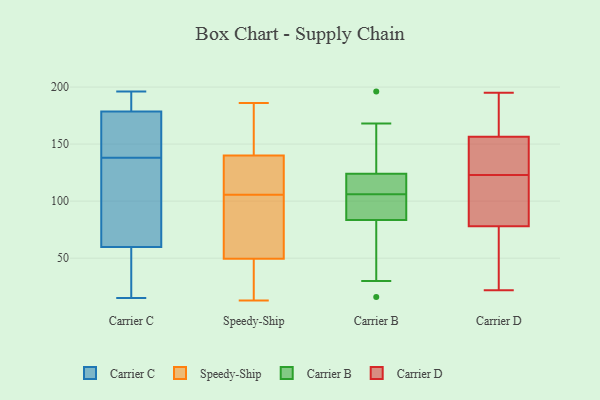
{"axis": {"x": "Active Users", "y": "Value"}, "legend": ["Carrier B", "Carrier C", "Carrier D", "Speedy-Ship"], "data": [{"x": "", "y": 71, "type": "Carrier C"}, {"x": "", "y": 194, "type": "Carrier C"}, {"x": "", "y": 53, "type": "Carrier C"}, {"x": "", "y": 196, "type": "Carrier C"}, {"x": "", "y": 76, "type": "Carrier C"}, {"x": "", "y": 186, "type": "Carrier C"}, {"x": "", "y": 61, "type": "Carrier C"}, {"x": "", "y": 56, "type": "Carrier C"}, {"x": "", "y": 143, "type": "Carrier C"}, {"x": "", "y": 186, "type": "Carrier C"}, {"x": "", "y": 138, "type": "Carrier C"}, {"x": "", "y": 175, "type": "Carrier C"}, {"x": "", "y": 15, "type": "Carrier C"}, {"x": "", "y": 159, "type": "Carrier C"}, {"x": "", "y": 81, "type": "Carrier C"}, {"x": "", "y": 176, "type": "Carrier C"}, {"x": "", "y": 44, "type": "Carrier C"}, {"x": "", "y": 48, "type": "Speedy-Ship"}, {"x": "", "y": 119, "type": "Speedy-Ship"}, {"x": "", "y": 30, "type": "Speedy-Ship"}, {"x": "", "y": 62, "type": "Speedy-Ship"}, {"x": "", "y": 13, "type": "Speedy-Ship"}, {"x": "", "y": 102, "type": "Speedy-Ship"}, {"x": "", "y": 125, "type": "Speedy-Ship"}, {"x": "", "y": 186, "type": "Speedy-Ship"}, {"x": "", "y": 170, "type": "Speedy-Ship"}, {"x": "", "y": 109, "type": "Speedy-Ship"}, {"x": "", "y": 51, "type": "Speedy-Ship"}, {"x": "", "y": 155, "type": "Speedy-Ship"}, {"x": "", "y": 168, "type": "Carrier B"}, {"x": "", "y": 118, "type": "Carrier B"}, {"x": "", "y": 105, "type": "Carrier B"}, {"x": "", "y": 196, "type": "Carrier B"}, {"x": "", "y": 110, "type": "Carrier B"}, {"x": "", "y": 84, "type": "Carrier B"}, {"x": "", "y": 107, "type": "Carrier B"}, {"x": "", "y": 119, "type": "Carrier B"}, {"x": "", "y": 83, "type": "Carrier B"}, {"x": "", "y": 117, "type": "Carrier B"}, {"x": "", "y": 129, "type": "Carrier B"}, {"x": "", "y": 90, "type": "Carrier B"}, {"x": "", "y": 75, "type": "Carrier B"}, {"x": "", "y": 38, "type": "Carrier B"}, {"x": "", "y": 159, "type": "Carrier B"}, {"x": "", "y": 88, "type": "Carrier B"}, {"x": "", "y": 30, "type": "Carrier B"}, {"x": "", "y": 16, "type": "Carrier B"}, {"x": "", "y": 134, "type": "Carrier B"}, {"x": "", "y": 103, "type": "Carrier B"}, {"x": "", "y": 139, "type": "Carrier D"}, {"x": "", "y": 128, "type": "Carrier D"}, {"x": "", "y": 47, "type": "Carrier D"}, {"x": "", "y": 163, "type": "Carrier D"}, {"x": "", "y": 105, "type": "Carrier D"}, {"x": "", "y": 157, "type": "Carrier D"}, {"x": "", "y": 90, "type": "Carrier D"}, {"x": "", "y": 123, "type": "Carrier D"}, {"x": "", "y": 74, "type": "Carrier D"}, {"x": "", "y": 103, "type": "Carrier D"}, {"x": "", "y": 22, "type": "Carrier D"}, {"x": "", "y": 195, "type": "Carrier D"}, {"x": "", "y": 147, "type": "Carrier D"}, {"x": "", "y": 164, "type": "Carrier D"}, {"x": "", "y": 90, "type": "Carrier D"}, {"x": "", "y": 53, "type": "Carrier D"}, {"x": "", "y": 188, "type": "Carrier D"}, {"x": "", "y": 155, "type": "Carrier D"}, {"x": "", "y": 55, "type": "Carrier D"}]}